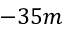
- 3 5 m